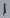
Text: 1